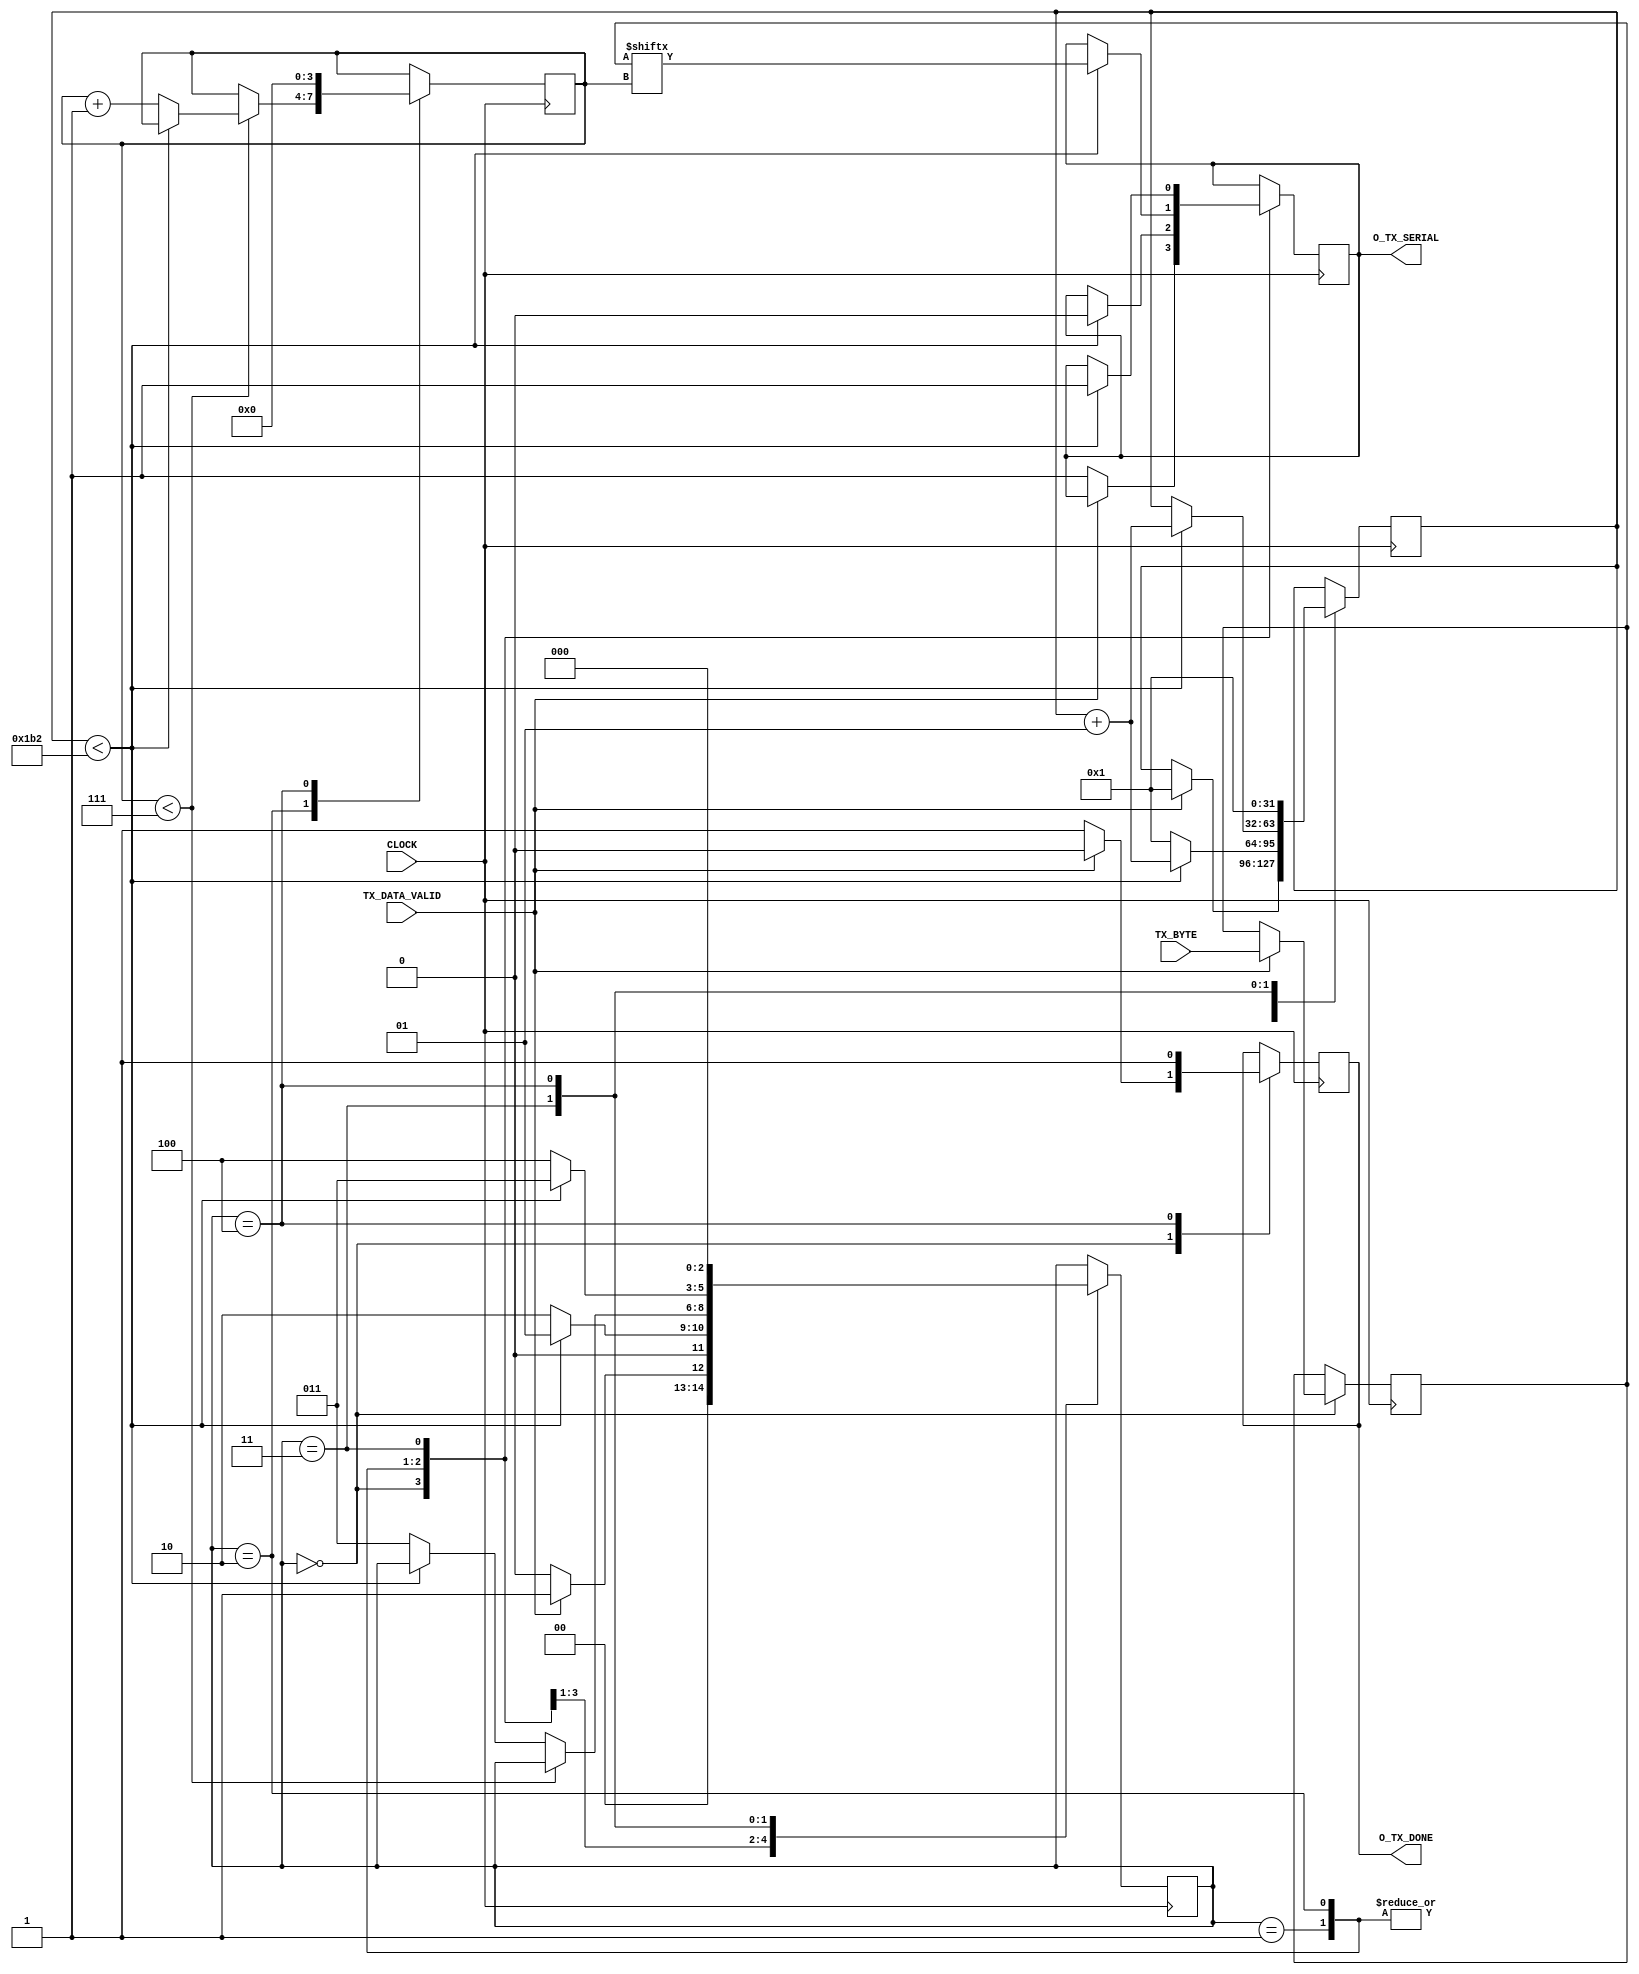
//Finite State Machine design
//Inputs : Clock, X (Input Stream)
//Output : Y (Y = 1 when 1100 pattern/sequence is detected)

//////////////////DO NOT MAKE ANY CHANGES IN MODULE///////////////////////////////
module sm_0535UART_TRANSMITTER(

		input CLOCK,	          //Clock input
		input TX_DATA_VALID,		//Input Bitstream  	
		input [7:0] TX_BYTE,
		
		output O_TX_SERIAL,		
	   output O_TX_DONE
);


	// different states	
	parameter	IDLE = 3'b000,          
					TX_START_BIT = 3'b001,
					TX_DATA_BITS = 3'b010,
					TX_STOP_BIT = 3'b011,
					CLEANUP = 3'b100;

	// variables to assign values during code				
	reg r_tx_serial = 1;		
	reg r_tx_done = 1;
	
	reg [3:0] Bit_Index = 0;        
	reg [2:0] current_state = IDLE;  
	
	reg [7:0] r_tx_byte;
	
	integer counter = 1;   // to count cycles to wait 
	integer wait_count = 434;  // this many cycles to wait
	
	

	
	// assigining output
	assign O_TX_SERIAL = r_tx_serial;
	assign O_TX_DONE = r_tx_done;
	
	
	always@(posedge CLOCK)
	begin
		
		case(current_state)
		
		IDLE:
		begin
			if (TX_DATA_VALID )
			begin
				current_state <= TX_START_BIT;
				counter <= 1;
				r_tx_byte <= TX_BYTE;
				r_tx_done <= 0;
			end 
			
			else 
			begin 
				current_state <= IDLE;
				r_tx_serial <= 1;
				r_tx_done <= 1;
			end
		end
				
		TX_START_BIT:
		begin
			   
			if (counter < wait_count)
			begin
				r_tx_serial <= 0;
				current_state <= TX_START_BIT;
				counter <= counter + 1;	
			end 
			
			else 
			begin
				counter <= 1;
			   current_state <= TX_DATA_BITS;	
			end
		end
				
		TX_DATA_BITS:
		begin	
			 
			if(Bit_Index < 7)
			begin
				if(counter < wait_count)
				begin
					r_tx_serial <= r_tx_byte[Bit_Index] ;
					counter <= counter + 1;
				end
				
				else
				begin
					counter = 1;
					Bit_Index <= Bit_Index + 1;
				end
				
				
			end
			
			else
			begin
				if(counter < wait_count)
				begin
					r_tx_serial <= r_tx_byte[Bit_Index] ;
					counter <= counter + 1;
				end
				
				else
				begin
					counter = 1;
					current_state <= TX_STOP_BIT;
				end
				
			end
					
		end
				
		TX_STOP_BIT:
		begin
			
			if (counter < wait_count)
			begin
				r_tx_serial <= 1;
			   current_state <= TX_STOP_BIT;
				counter <= counter + 1;
			end 
			
			else 
			begin
				current_state <= CLEANUP;
			end
		end
				
		CLEANUP:
		begin
			counter <= 1;
			r_tx_done <= 1;
			current_state <= IDLE;
			Bit_Index <= 0;   
		end
		
		endcase
	end

endmodule
///////////////////////////////MODULE ENDS///////////////////////////